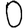
Digit: 0